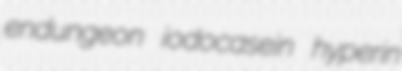
endungeon iodocasein hyperin